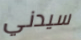
سيدني